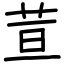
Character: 荁